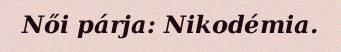
Női párja: Nikodémia.